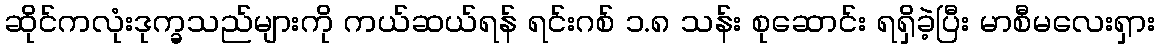
ဆိုင်ကလုံးဒုက္ခသည်များကို ကယ်ဆယ်ရန် ရင်းဂစ် ၁.၈ သန်း စုဆောင်း ရရှိခဲ့ပြီး မာစီမလေးရှား